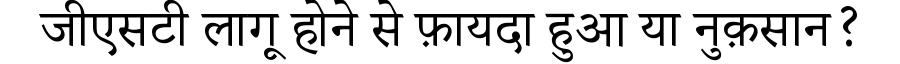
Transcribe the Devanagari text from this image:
जीएसटी लागू होने से फ़ायदा हुआ या नुक़सान?